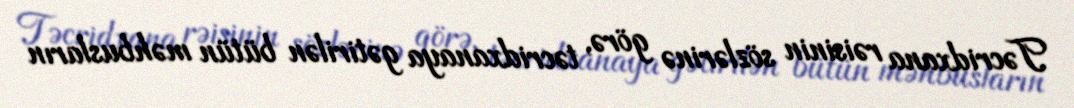
Təcridxana rəisinin sözlərinə görə, təcridxanaya gətirilən bütün məhbusların